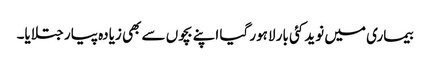
بیماری میں نوید کئی بار لاہور گیا اپنے بچوں سے بھی زیادہ پیار جتلایا۔